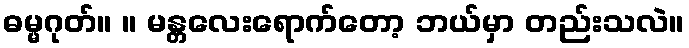
ဓမ္မဂုတ်။ ။ မန္တလေးရောက်တော့ ဘယ်မှာ တည်းသလဲ။